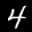
Label: 4